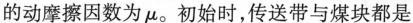
的动摩擦因数为μ。初始时，传送带与煤块都是